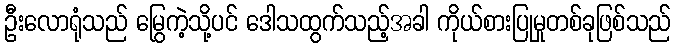
ဦးလောရုံသည် မြွေကဲ့သို့ပင် ဒေါသထွက်သည့်အခါ ကိုယ်စားပြုမှုတစ်ခုဖြစ်သည်